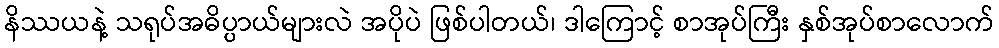
နိဿယနဲ့ သရုပ်အဓိပ္ပာယ်များလဲ အပိုပဲ ဖြစ်ပါတယ်၊ ဒါကြောင့် စာအုပ်ကြီး နှစ်အုပ်စာလောက်